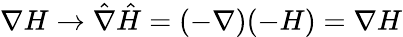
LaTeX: \nabla H\to\hat{\nabla}\hat{H}=(-\nabla)(-H)=\nabla H